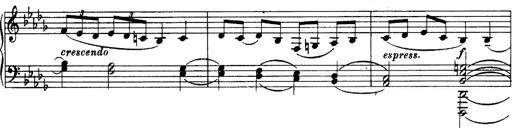
Title: 3 Sonatinas, Op.67
Composer: Jean Sibelius